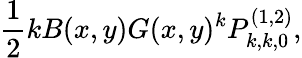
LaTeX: \frac{1}{2}kB(x,y)G(x,y)^{k}P_{k,k,0}^{(1,2)},